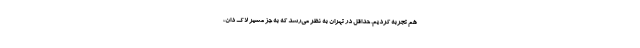
هم تجربه کردیم. حداقل در تهران به نظر می‌رسد که به جز مسیر لاک دان،